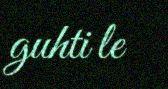
guhti le